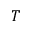
{ T }